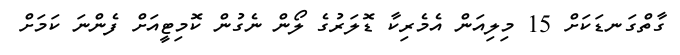
ގާތްގަނޑަކަށް 15 މިލިއަން އެމެރިކާ ޑޮލަރުގެ ލޯން ނެގުން ކޮމިޓީއަށް ފެންނަ ކަމަށް